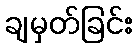
ချမှတ်ခြင်း